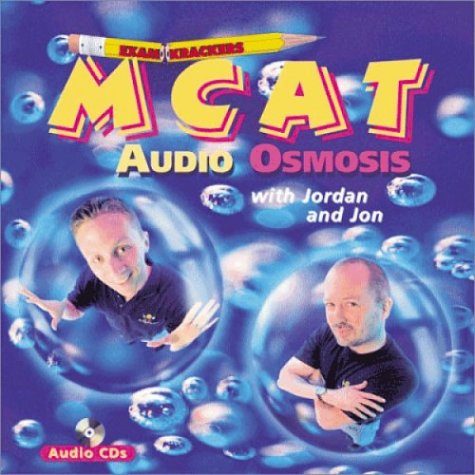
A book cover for Examkrackers MCAT Audio Osmosis with Jordan and Jon; Test Preparation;